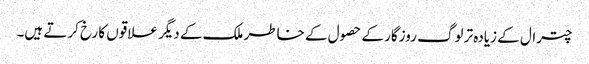
چترال کے زیادہ تر لوگ روزگار کے حصول کے خاطر ملک کے دیگر علاقوں کا رخ کرتے ہیں۔